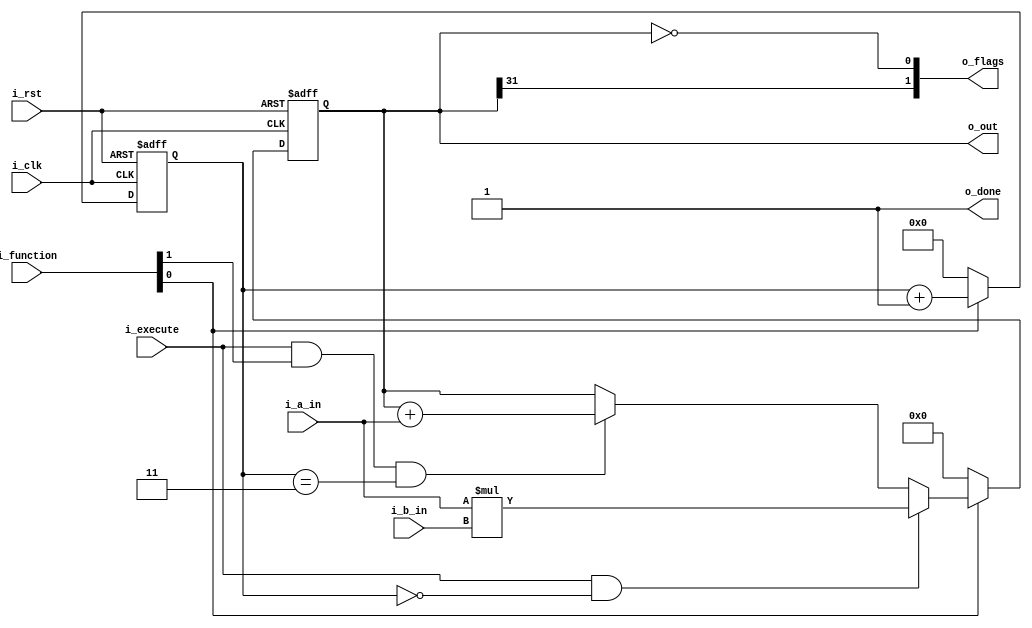
module a23_multiply (
input                       i_clk,
input                       i_rst,
input       [31:0]          i_a_in,         
input       [31:0]          i_b_in,         
input       [1:0]           i_function,
input                       i_execute,
output      [31:0]          o_out,
output      [1:0]           o_flags,        
output                      o_done    
);
wire        enable;
wire        accumulate;
reg  [31:0] product;
reg  [3:0]  count;
assign enable         = i_function[0];
assign accumulate     = i_function[1];
assign o_out   = product;
assign o_flags = {o_out[31], o_out == 32'd0 }; 
assign o_done  = 1'b1;
always @(posedge i_clk or posedge i_rst) begin
  if (i_rst) begin
    product <= 32'b0;
    count <= 4'b0;
  end else if(enable) begin
    count <= count + 1;
    if (i_execute && count == 0) begin
      product <= i_a_in*i_b_in;
    end else if (i_execute && accumulate && count == 3) begin
      product <= product + i_a_in;
    end
  end else begin
    product <= 32'b0;
    count <= 4'b0;
  end
end
endmodule